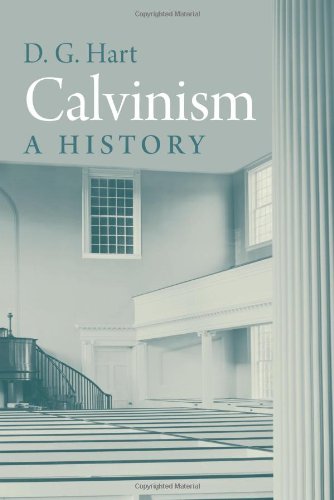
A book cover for Calvinism: A History; D. G. Hart; Christian Books & Bibles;